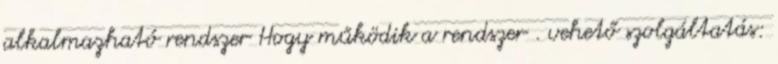
alkalmazható rendszer Hogy működik a rendszer . vehető szolgáltatás: